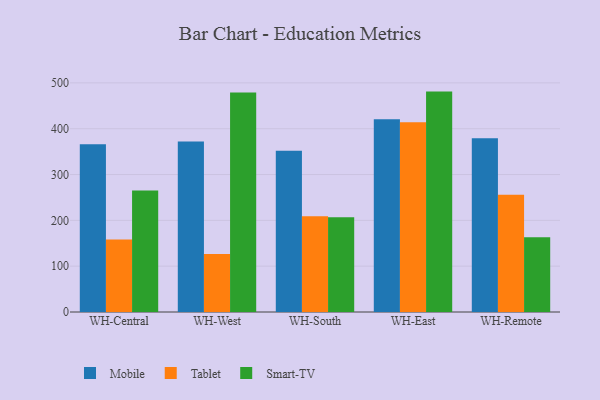
{"axis": {"x": "Warehouse", "y": "Customer Acquisition Cost (USD)"}, "legend": ["Mobile", "Smart-TV", "Tablet"], "data": [{"x": "WH-Central", "y": 366.3, "type": "Mobile"}, {"x": "WH-Central", "y": 158.1, "type": "Tablet"}, {"x": "WH-Central", "y": 265.0, "type": "Smart-TV"}, {"x": "WH-West", "y": 372.2, "type": "Mobile"}, {"x": "WH-West", "y": 126.7, "type": "Tablet"}, {"x": "WH-West", "y": 479.1, "type": "Smart-TV"}, {"x": "WH-South", "y": 351.8, "type": "Mobile"}, {"x": "WH-South", "y": 208.9, "type": "Tablet"}, {"x": "WH-South", "y": 206.8, "type": "Smart-TV"}, {"x": "WH-East", "y": 420.5, "type": "Mobile"}, {"x": "WH-East", "y": 414.2, "type": "Tablet"}, {"x": "WH-East", "y": 481.0, "type": "Smart-TV"}, {"x": "WH-Remote", "y": 379.2, "type": "Mobile"}, {"x": "WH-Remote", "y": 255.7, "type": "Tablet"}, {"x": "WH-Remote", "y": 163.2, "type": "Smart-TV"}]}